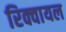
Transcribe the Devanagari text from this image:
रिक्वायल